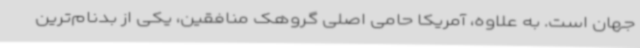
جهان است. به علاوه، آمریکا حامی اصلی گروهک منافقین، یکی از بدنام‌ترین